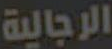
الرجالية